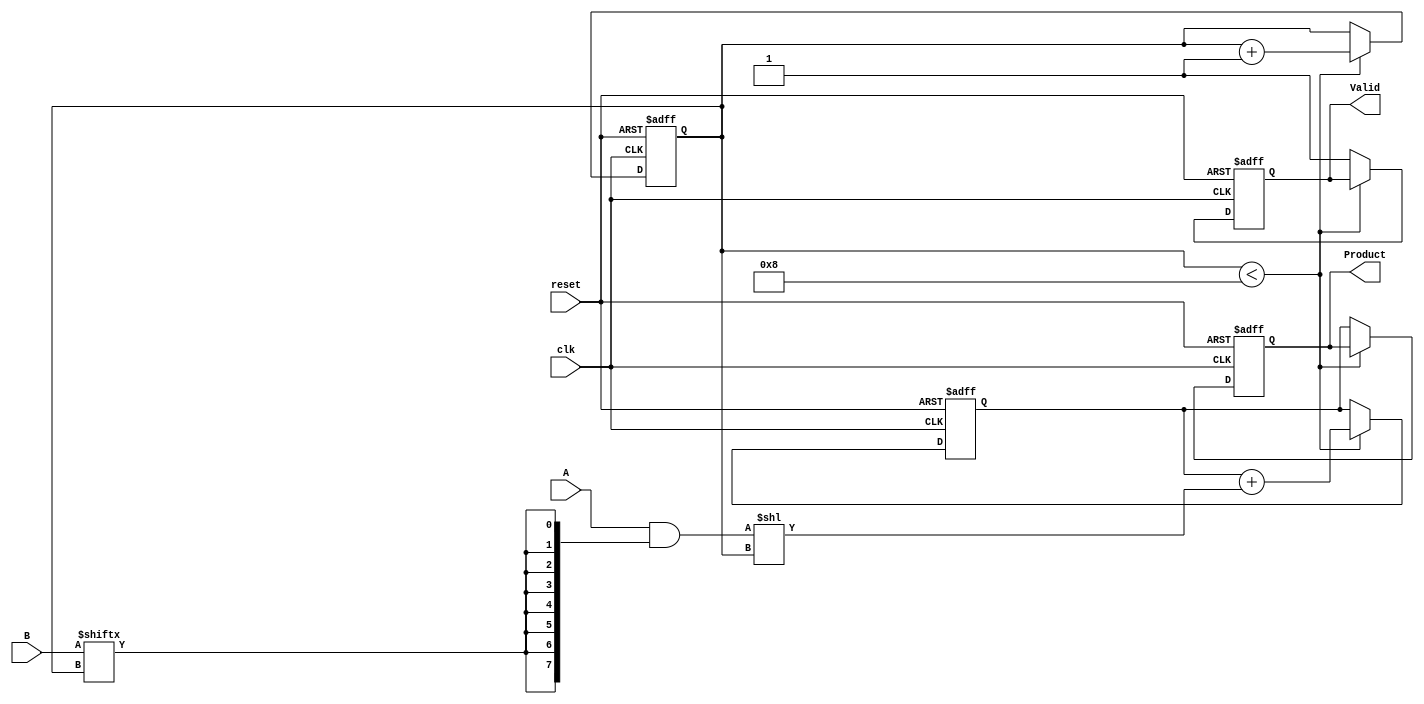
module PartialProductAccumulator (
    input [7:0] A,         // Multiplicand
    input [7:0] B,         // Multiplier
    input clk,             // Clock signal
    input reset,           // Active-high reset signal
    output reg [15:0] Product, // Final accumulated product output
    output reg Valid       // Signal indicating that the product is valid
);

    reg [7:0] partial_product; // Holds the current partial product
    reg [3:0] count;           // Counter for the number of bits processed
    reg [15:0] accumulator;    // Accumulator for the final product

    always @(posedge clk or posedge reset) begin
        if (reset) begin
            Product <= 16'b0;   // Clear the product
            Valid <= 1'b0;      // Invalid product initially
            accumulator <= 16'b0; // Clear the accumulator
            count <= 4'b0;      // Reset the count
        end else begin
            if (count < 8) begin
                // Generate the partial product
                partial_product = A & {8{B[count]}}; // AND A with the current bit of B
                // Accumulate the partial product
                accumulator <= accumulator + (partial_product << count);
                count <= count + 1; // Increment the count
            end else begin
                // All bits processed
                Product <= accumulator; // Final product
                Valid <= 1'b1;          // Product is valid
            end
        end
    end

endmodule